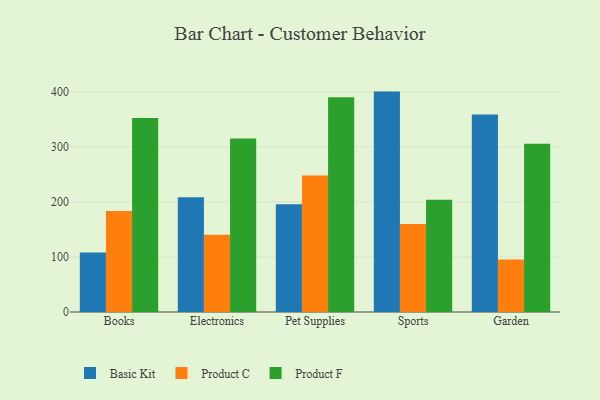
{"axis": {"x": "Category", "y": "Inventory Turnover"}, "legend": ["Basic Kit", "Product C", "Product F"], "data": [{"x": "Books", "y": 108.0, "type": "Basic Kit"}, {"x": "Books", "y": 183.5, "type": "Product C"}, {"x": "Books", "y": 352.2, "type": "Product F"}, {"x": "Electronics", "y": 208.2, "type": "Basic Kit"}, {"x": "Electronics", "y": 140.4, "type": "Product C"}, {"x": "Electronics", "y": 315.3, "type": "Product F"}, {"x": "Pet Supplies", "y": 195.6, "type": "Basic Kit"}, {"x": "Pet Supplies", "y": 247.7, "type": "Product C"}, {"x": "Pet Supplies", "y": 390.1, "type": "Product F"}, {"x": "Sports", "y": 400.3, "type": "Basic Kit"}, {"x": "Sports", "y": 159.8, "type": "Product C"}, {"x": "Sports", "y": 204.1, "type": "Product F"}, {"x": "Garden", "y": 358.6, "type": "Basic Kit"}, {"x": "Garden", "y": 95.5, "type": "Product C"}, {"x": "Garden", "y": 305.4, "type": "Product F"}]}